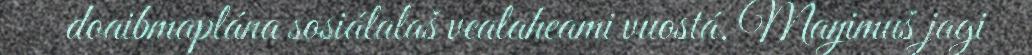
doaibmaplána sosiálalaš vealaheami vuostá. Maŋimuš jagi